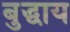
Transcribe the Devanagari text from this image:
बुद्धाय